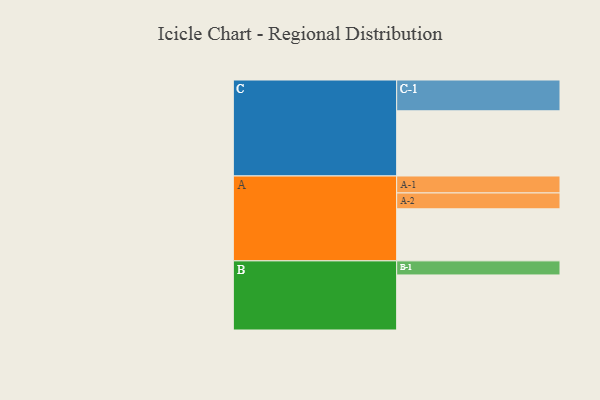
{"axis": {"x": "Segment", "y": "Value"}, "legend": ["", "A", "B", "C"], "data": [{"x": "A", "y": 436, "type": ""}, {"x": "B", "y": 461, "type": ""}, {"x": "C", "y": 546, "type": ""}, {"x": "A-1", "y": 142, "type": "A"}, {"x": "A-2", "y": 133, "type": "A"}, {"x": "B-1", "y": 118, "type": "B"}, {"x": "C-1", "y": 258, "type": "C"}]}